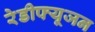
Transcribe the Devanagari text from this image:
रेडीफ्यूजन